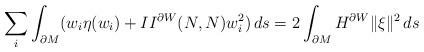
LaTeX: \begin{align*}\sum_i\int_{\partial M}(w_i\eta(w_i)+II^{\partial W}(N,N)w_i^2)\, ds=2\int_{\partial M}H^{\partial W}\| \xi\|^2\, ds\end{align*}